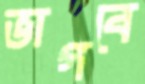
ভাগবে